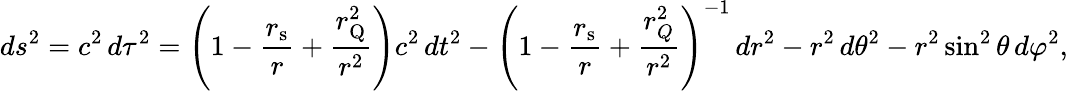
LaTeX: ds^{2}=c^{2}\, d\tau^{2}=\left(1-{\frac{r_{\mathrm{s}}}{r}}+{\frac{r_{\mathrm{{Q}}}^{2}}{r^{2}}}\right)c^{2}\, dt^{2}-\left(1-{\frac{r_{\mathrm{s}}}{r}}+{\frac{r_{Q}^{2}}{r^{2}}}\right)^{-1}\, dr^{2}-r^{2}\, d\theta^{2}-r^{2}\sin^{2}\theta\, d\varphi^{2},